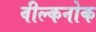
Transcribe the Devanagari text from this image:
वील्कनोक